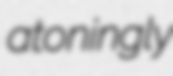
atoningly